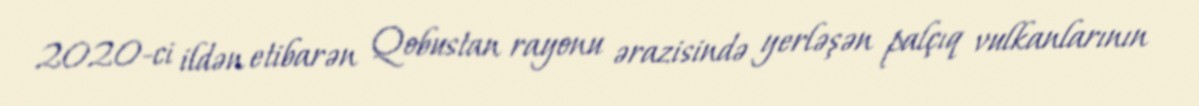
2020-ci ildən etibarən Qobustan rayonu ərazisində yerləşən palçıq vulkanlarının